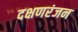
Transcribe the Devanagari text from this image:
दक्षणरंजन